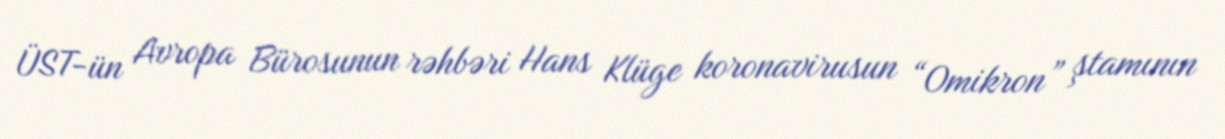
ÜST-ün Avropa Bürosunun rəhbəri Hans Klüge koronavirusun “Omikron” ştamının